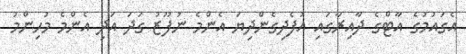
އެގައުމުގެ އާޓްގެ ދާއިރާގައި އުފެދިގެންދިޔަ އެންމެ ނުފޫޒު ގަދަ އަދި އެންމެ މުހިންމު